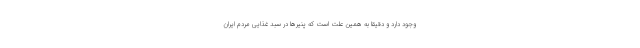
وجود دارد و دقیقا به همین علت است که پنیرها در سبد غذایی مردم ایران